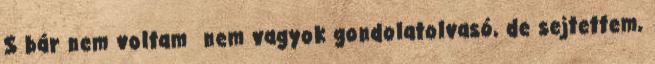
S bár nem voltam nem vagyok gondolatolvasó, de sejtettem,